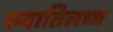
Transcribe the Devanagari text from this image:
ख्‍यातिलब्‍ध